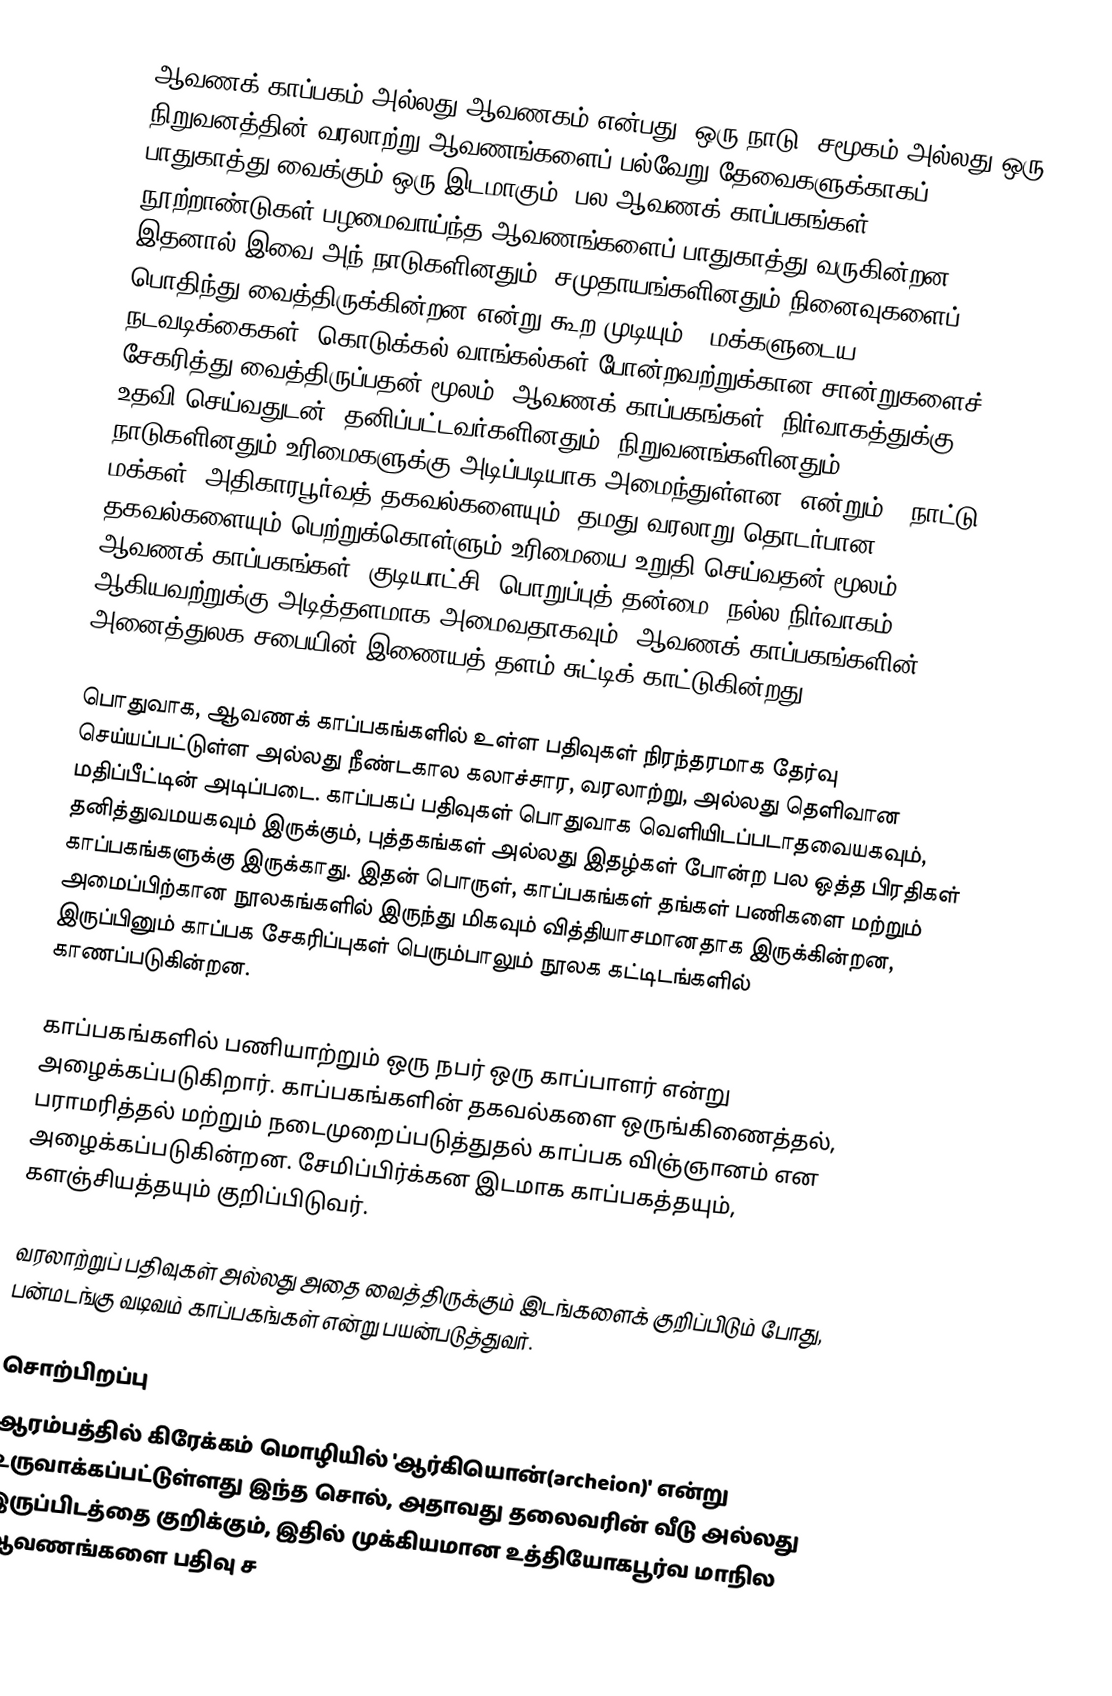
ஆவணக் காப்பகம் அல்லது ஆவணகம் என்பது, ஒரு நாடு, சமூகம் அல்லது ஒரு நிறுவனத்தின் வரலாற்று ஆவணங்களைப் பல்வேறு தேவைகளுக்காகப் பாதுகாத்து வைக்கும் ஒரு இடமாகும். பல ஆவணக் காப்பகங்கள், நூற்றாண்டுகள் பழமைவாய்ந்த ஆவணங்களைப் பாதுகாத்து வருகின்றன. இதனால் இவை அந் நாடுகளினதும், சமுதாயங்களினதும் நினைவுகளைப் பொதிந்து வைத்திருக்கின்றன என்று கூற முடியும். "மக்களுடைய நடவடிக்கைகள், கொடுக்கல் வாங்கல்கள் போன்றவற்றுக்கான சான்றுகளைச் சேகரித்து வைத்திருப்பதன் மூலம், ஆவணக் காப்பகங்கள், நிர்வாகத்துக்கு உதவி செய்வதுடன், தனிப்பட்டவர்களினதும், நிறுவனங்களினதும், நாடுகளினதும் உரிமைகளுக்கு அடிப்படியாக அமைந்துள்ளன" என்றும், "நாட்டு மக்கள், அதிகாரபூர்வத் தகவல்களையும், தமது வரலாறு தொடர்பான தகவல்களையும் பெற்றுக்கொள்ளும் உரிமையை உறுதி செய்வதன் மூலம், ஆவணக் காப்பகங்கள், குடியாட்சி, பொறுப்புத் தன்மை, நல்ல நிர்வாகம் ஆகியவற்றுக்கு அடித்தளமாக அமைவதாகவும், ஆவணக் காப்பகங்களின் அனைத்துலக சபையின் இணையத் தளம் சுட்டிக் காட்டுகின்றது.

பொதுவாக, ஆவணக் காப்பகங்களில் உள்ள பதிவுகள் நிரந்தரமாக தேர்வு செய்யப்பட்டுள்ள அல்லது  நீண்டகால கலாச்சார, வரலாற்று, அல்லது தெளிவான மதிப்பீட்டின் அடிப்படை. காப்பகப் பதிவுகள் பொதுவாக வெளியிடப்படாதவையகவும், தனித்துவமயகவும் இருக்கும், புத்தகங்கள் அல்லது இதழ்கள் போன்ற பல ஒத்த பிரதிகள் காப்பகங்களுக்கு இருக்காது. இதன் பொருள், காப்பகங்கள் தங்கள் பணிகளை மற்றும் அமைப்பிற்கான நூலகங்களில் இருந்து மிகவும் வித்தியாசமானதாக இருக்கின்றன, இருப்பினும் காப்பக சேகரிப்புகள் பெரும்பாலும் நூலக கட்டிடங்களில் காணப்படுகின்றன.

காப்பகங்களில் பணியாற்றும் ஒரு நபர் ஒரு காப்பாளர் என்று அழைக்கப்படுகிறார். காப்பகங்களின் தகவல்களை ஒருங்கிணைத்தல், பராமரித்தல் மற்றும் நடைமுறைப்படுத்துதல் காப்பக விஞ்ஞானம் என அழைக்கப்படுகின்றன. சேமிப்பிர்க்கன இடமாக காப்பகத்தயும், களஞ்சியத்தயும் குறிப்பிடுவர்.

வரலாற்றுப் பதிவுகள் அல்லது அதை வைத்திருக்கும் இடங்களைக் குறிப்பிடும் போது, பன்மடங்கு வடிவம் காப்பகங்கள் என்று பயன்படுத்துவர்.

சொற்பிறப்பு
ஆரம்பத்தில் கிரேக்கம் மொழியில் 'ஆர்கியொன்(archeion)' என்று உருவாக்கப்பட்டுள்ளது இந்த சொல், அதாவது தலைவரின் வீடு அல்லது இருப்பிடத்தை குறிக்கும், இதில் முக்கியமான உத்தியோகபூர்வ மாநில ஆவணங்களை பதிவு ச